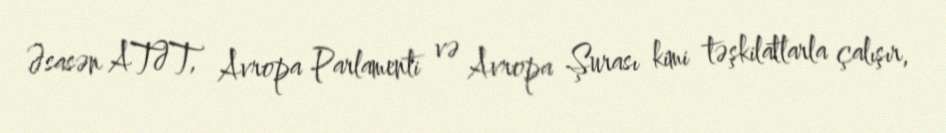
Əsasən ATƏT, Avropa Parlamenti və Avropa Şurası kimi təşkilatlarla çalışır,